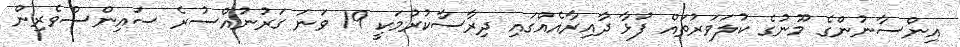
އިންސާނުންގެ މޫނުގެ ކުލަވަރުތައް ފުޅާ ދާއިރާއެއްގައި ދިރާސާކުރުމަކީ 19 ވަނަ ގަރުނުއްސުރެ ސައިންސްވެރިން